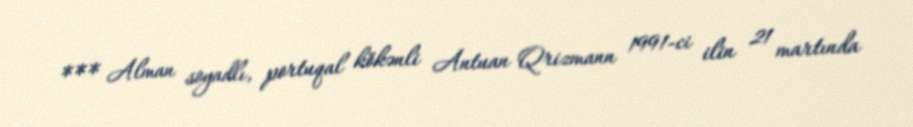
*** Alman soyadlı, portuqal kökənli Antuan Qrizmann 1991-ci ilin 21 martında